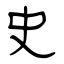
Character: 史